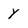
Character: y